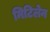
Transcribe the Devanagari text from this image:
मिटिलेन